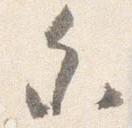
参